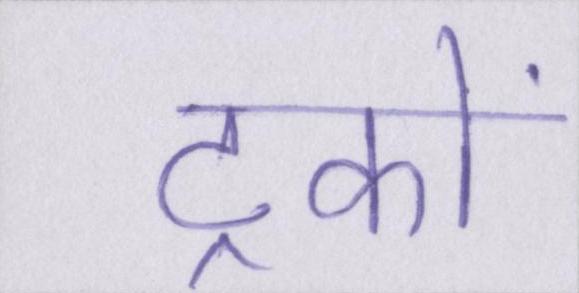
ट्रकों